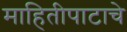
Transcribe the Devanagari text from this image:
माहितीपाटाचे